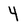
Character: 4